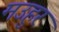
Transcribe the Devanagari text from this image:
मउहुर